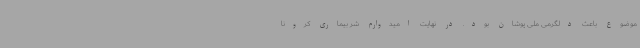
موضوع باعث دلگرمی ملی پوشان بود. در نهایت امیدوارم شر بیماری کرونا